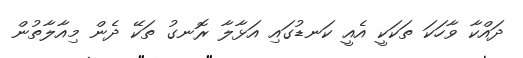
ދައްކާ ވާހަކަ ތަކަކީ އެެއީ ކަނޑުގައި އަޅާލާ ރޮނގު ތަކޭ ދެން މިއާލާތުން